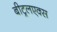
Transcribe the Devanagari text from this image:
बीट्रलएक्स